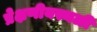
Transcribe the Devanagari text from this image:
प्रेक्षणीयस्थळी